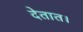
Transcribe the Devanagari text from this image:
देतात।